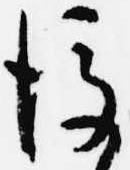
後